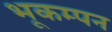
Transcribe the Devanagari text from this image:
भूकम्पन